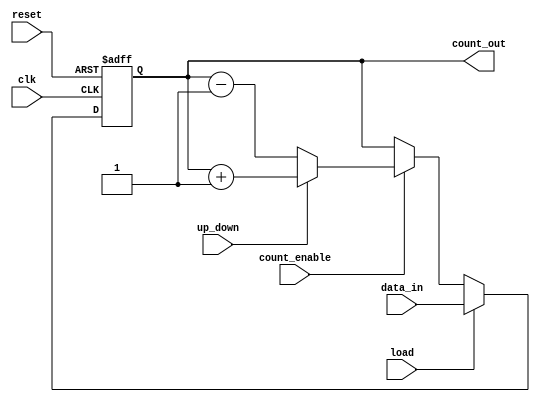
module synchronous_load_counter (
    input wire clk,               // Clock input
    input wire reset,             // Asynchronous reset
    input wire load,              // Load control signal
    input wire [N-1:0] data_in,   // Input data bus
    input wire count_enable,       // Count enable signal
    input wire up_down,           // Count direction signal: 1 for up, 0 for down
    output reg [N-1:0] count_out  // Output count value
);

parameter N = 8; // Define the width of the counter (8 bits as an example)

always @(posedge clk or posedge reset) begin
    if (reset) begin
        count_out <= 0; // Reset the counter to zero
    end else if (load) begin
        count_out <= data_in; // Load the value from data_in
    end else if (count_enable) begin
        if (up_down) begin
            count_out <= count_out + 1; // Increment
        end else begin
            count_out <= count_out - 1; // Decrement
        end
    end
end

endmodule